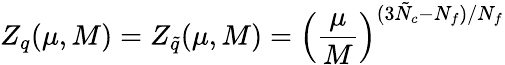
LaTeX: Z_{q}(\mu,M)=Z_{\tilde{q}}(\mu,M)=\left(\frac{\mu}{M}\right)^{(3\tilde{N}_{c}-N_{f})/N_{f}}